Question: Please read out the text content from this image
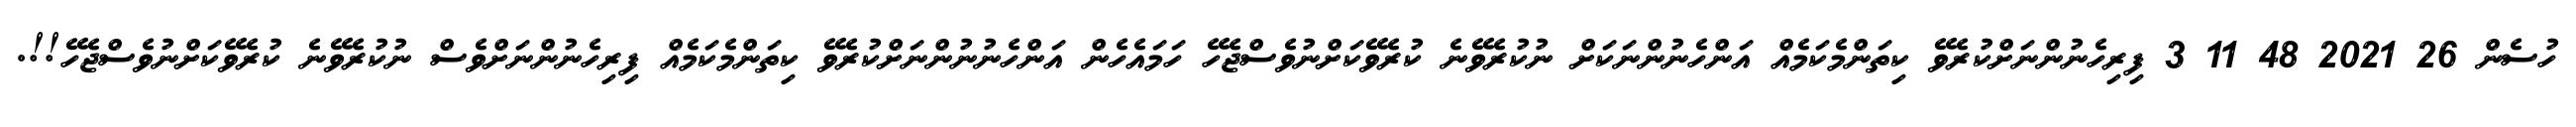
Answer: ހުސެން 26 2021 48 11 3 ފިރިހެނުންނަށްކުރެވޭ ކިތަންމެކަމެއް އަންހެނުންނަކަށް ނުކުރެވޭނެ ކުރެވޭކަށްނުވެސްޖެހޭ ހަމައެހެން އަންހެނުނުންނަށްކުރެވޭ ކިތަންމެކަމެއް ފިރިހެނުންނަށްވެސް ނުކުރެވޭނެ ކުރެވޭކަށްނުވެސްޖެހޭ!!.